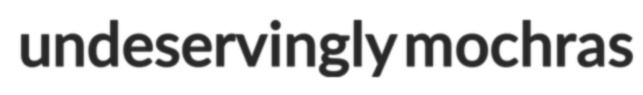
undeservingly mochras